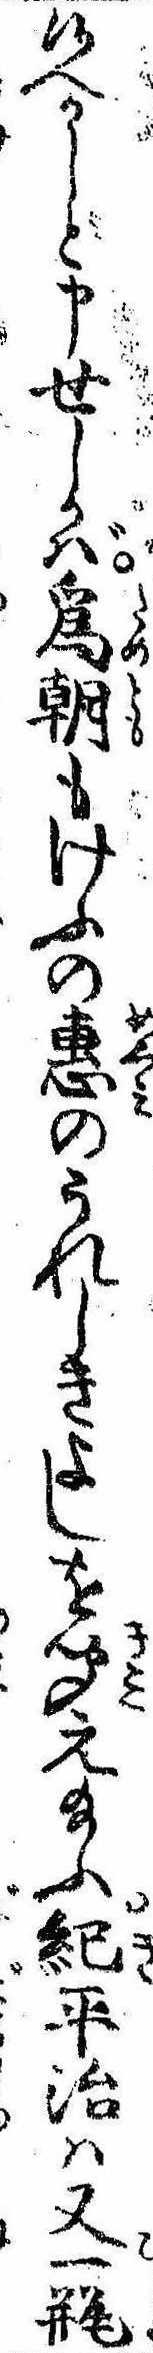
候へかしと申せしかば為朝もけふの恵のうれしきよしを聞え給ふ紀平治は又一瓶